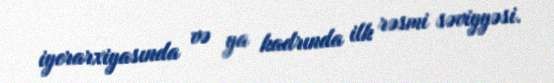
iyerarxiyasında və ya kadrında ilk rəsmi səviyyəsi.